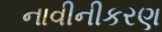
નાવીનીકરણ